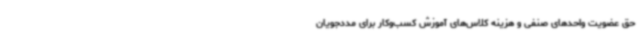
حق عضویت واحدهای صنفی و هزینه کلاس‌های آموزش کسب‌وکار برای مددجویان